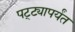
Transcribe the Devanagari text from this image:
पट्‍ट्यापर्यंत